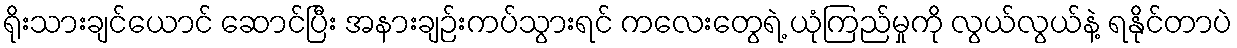
ရိုးသားချင်ယောင် ဆောင်ပြီး အနားချဉ်းကပ်သွားရင် ကလေးတွေရဲ့ ယုံကြည်မှုကို လွယ်လွယ်နဲ့ ရနိုင်တာပဲ